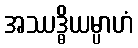
အဿဒ္ဓိယမ္ပာဟံ